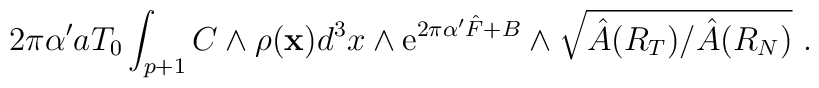
2\pi\alpha' a T_0 \int_{p+1}  C\wedge \rho({\bf x}) d^3x\wedge{\rm e}^{2\pi\alpha' {\hat F} + B} \wedge \sqrt{\hat{A}(R_T)/\hat{A}(R_N)}~.